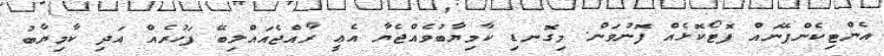
އެންޓިކެންޕޭނައް ފޮޓޯކޮޅެއް ފޮނުވަން. މިގޮނޑި ކާމިޔާބުވެއްޖެޔާ އެޢީ ރާއްޖެއައްލިބޭ ފަހުރެއް އަދި ކާމިޔާބު